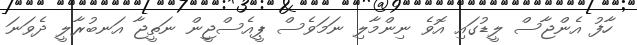
ހާފު އެންޖާސް ލީޑުގައި އޮވެ ނިންމާލި ނަމަވެސް ޕީއެސްޖީން ނަތީޖާ އަނބުރާލީ ދެވަނަ